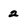
Character: 2